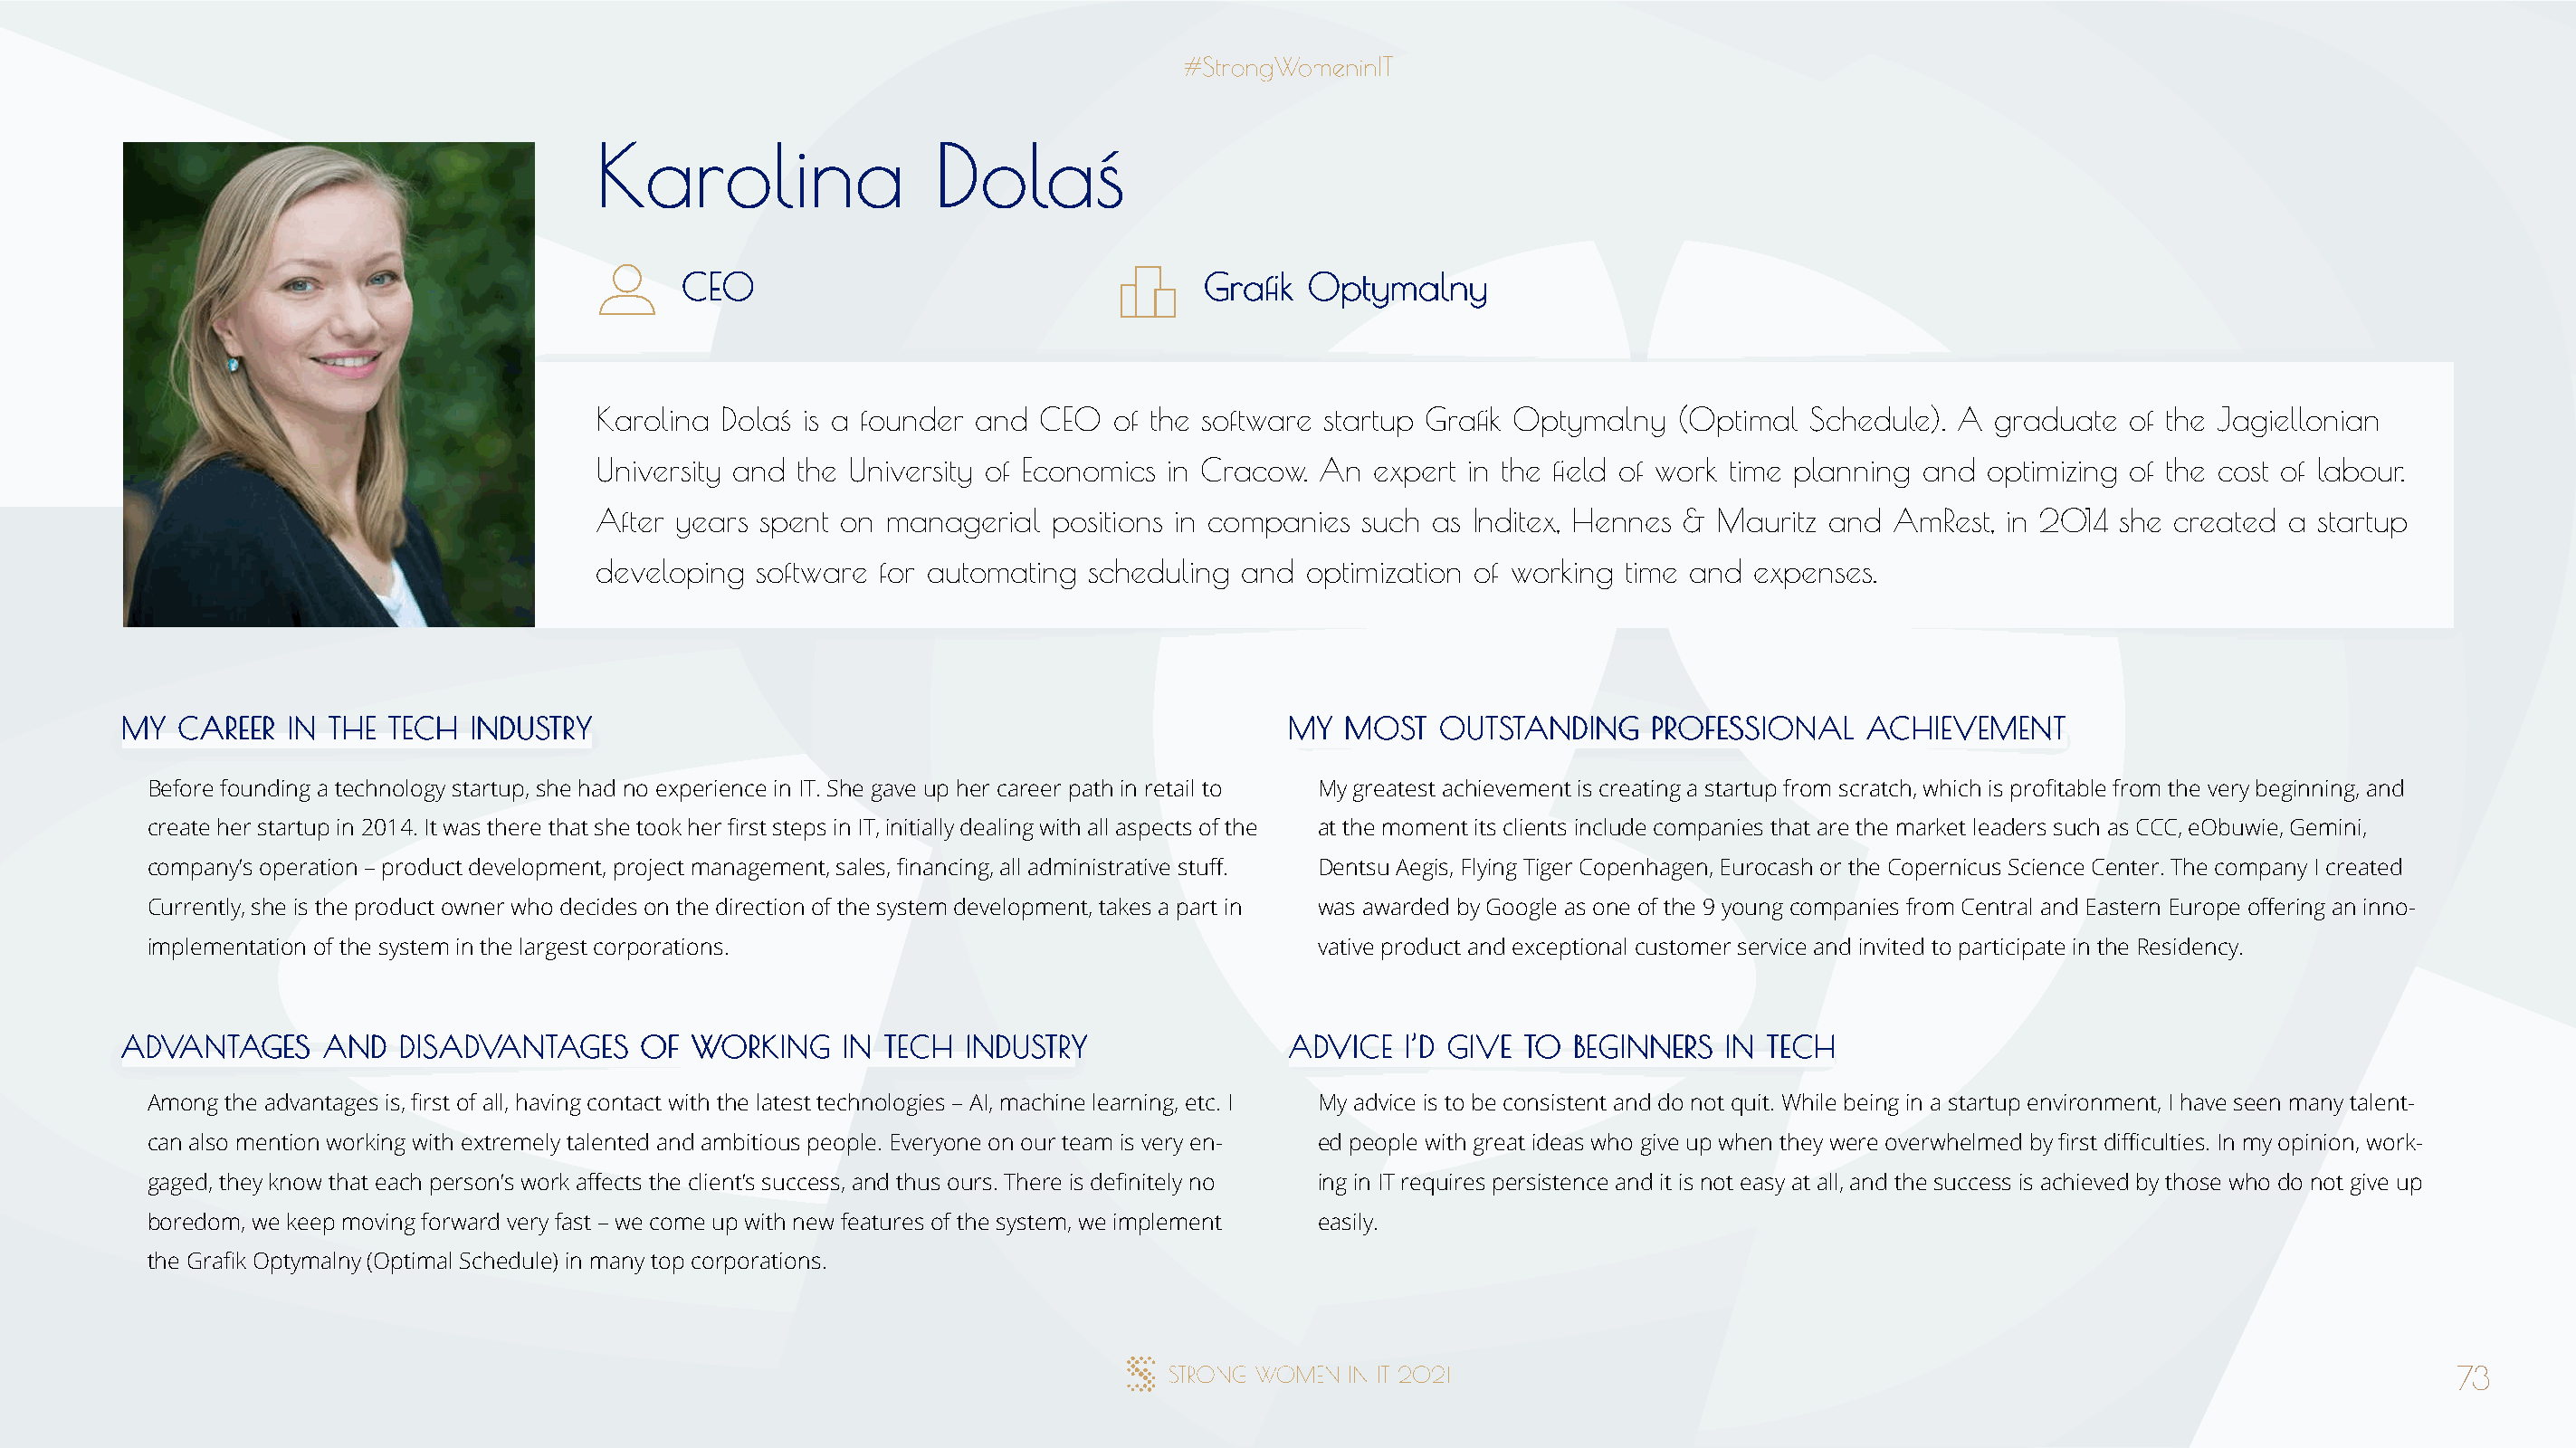
KKaarroolliinnaa        DDoollaaśś
 CCEEOO                                GGrraafifikk OOppttyymmaallnnyy
 Karolina Dolaś is a founder and CEO  of the software startup Grafik Optymalny  (Optimal Schedule). A  graduate  of the Jagiellonian
 University and the University of Economics in Cracow. An expert in the field of work time planning and optimizing of the cost of labour.
 After years spent on managerial  positions in companies such as Inditex, Hennes & Mauritz and AmRest,  in 2014 she created a startup
 developing software for automating  scheduling and  optimization of working time and expenses.
 MMYY CCAARREEEERR IINN TTHHEE TTEECCHH IINNDDUUSSTTRRYY                              MMYY MMOOSSTT OOUUTTSSTTAANNDDIINNGG PPRROOFFEESSSSIIOONNAALL AACCHHIIEEVVEEMMEENNTT
 Before founding a technology startup, she had no experience in IT. She gave up her career path in retail to My greatest achievement is creating a startup from scratch, which is profitable from the very beginning, and
 create her startup in 2014. It was there that she took her first steps in IT, initially dealing with all aspects of the at the moment its clients include companies that are the market leaders such as CCC, eObuwie, Gemini,
 company’s operation – product development, project management, sales, financing, all administrative stuff. Dentsu Aegis, Flying Tiger Copenhagen, Eurocash or the Copernicus Science Center. The company I created
 Currently, she is the product owner who decides on the direction of the system development, takes a part in was awarded by Google as one of the 9 young companies from Central and Eastern Europe offering an inno-
 implementation of the system in the largest corporations.                            vative product and exceptional customer service and invited to participate in the Residency.
 AADDVVAANNTTAAGGEESS AANNDD DDIISSAADDVVAANNTTAAGGEESS OOFF WWOORRKKIINNGG IINN TTEECCHH IINNDDUUSSTTRRYY AADDVVIICCEE II’’DD GGIIVVEE TTOO BBEEGGIINNNNEERRSS IINN TTEECCHH
 Among the advantages is, first of all, having contact with the latest technologies – AI, machine learning, etc. I My advice is to be consistent and do not quit. While being in a startup environment, I have seen many talent-
 can also mention working with extremely talented and ambitious people. Everyone on our team is very en- ed people with great ideas who give up when they were overwhelmed by first difficulties. In my opinion, work-
 gaged, they know that each person’s work affects the client’s success, and thus ours. There is definitely no ing in IT requires persistence and it is not easy at all, and the success is achieved by those who do not give up
 boredom, we keep moving forward very fast – we come up with new features of the system, we implement easily.
 the Grafik Optymalny (Optimal Schedule) in many top corporations.
 73